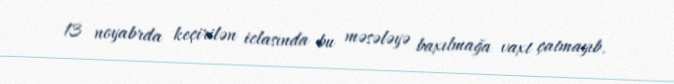
13 noyabrda keçirilən iclasında bu məsələyə baxılmağa vaxt çatmayıb.